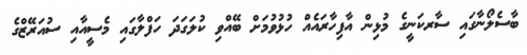
ބާސެލޯނާގައި ސާރކަނީގެ މުޅިން އާފިހާރައެއް ހުޅުވުމަށް ބޭއްވި ކުލަގަދަ ހަފްލާގައި މެސީއާއި ސުއަރޭޒްގެ